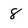
Character: 8